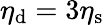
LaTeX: \eta_{\mathrm{d}}=3\eta_{\mathrm{s}}